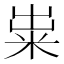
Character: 粜